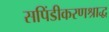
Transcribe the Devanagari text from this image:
सपिंडीकरणश्राद्ध